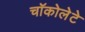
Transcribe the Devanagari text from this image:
चॉकोलेटे